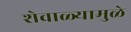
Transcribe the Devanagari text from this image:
शेवाळ्यामुळे